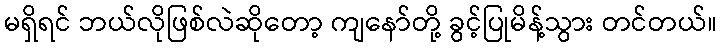
မရှိရင် ဘယ်လိုဖြစ်လဲဆိုတော့ ကျနော်တို့ ခွင့်ပြုမိန့်သွား တင်တယ်။